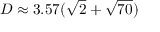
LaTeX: D \approx 3 . 5 7 ( { \sqrt { 2 } } + { \sqrt { 7 0 } } )